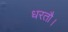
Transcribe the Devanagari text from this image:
धरतौ।